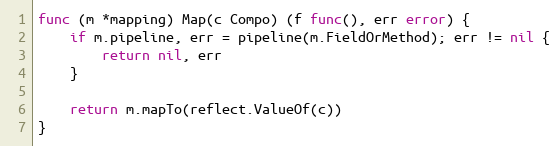
Language: Go
func (m *mapping) Map(c Compo) (f func(), err error) {
	if m.pipeline, err = pipeline(m.FieldOrMethod); err != nil {
		return nil, err
	}

	return m.mapTo(reflect.ValueOf(c))
}